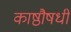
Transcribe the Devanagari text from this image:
काष्ठौषधी